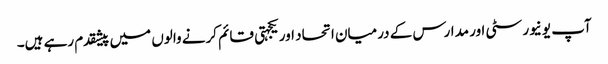
آپ یونیورسٹی اور مدارس کے درمیان اتحاد اور یکجہتی قائم کرنے والوں میں پیشقدم رہے ہیں۔